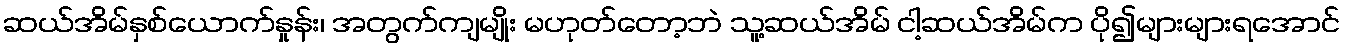
ဆယ်အိမ်နှစ်ယောက်နှုန်း၊ အတွက်ကျမျိုး မဟုတ်တော့ဘဲ သူ့ဆယ်အိမ် ငါ့ဆယ်အိမ်က ပို၍များများရအောင်